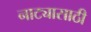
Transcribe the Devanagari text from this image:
नाट्यासाठी